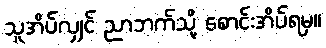
သူအိပ်လျှင် ညာဘက်သို့ စောင်းအိပ်ရမှ။